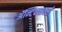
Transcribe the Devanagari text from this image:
ॲन्टिक्वार्क्स